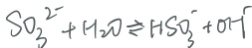
S O _ { 3 } ^ { 2 - } + H _ { 2 } O \rightleftharpoons H S O _ { 3 } ^ { - } + O H